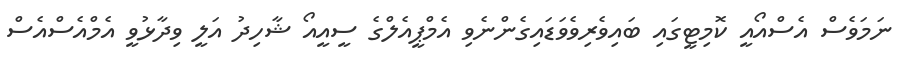
ނަމަވެސް އެސްއޯއީ ކޮމިޓީގައި ބައިވެރިވެވަޑައިގެންނެވި އެމްޕީއެލްގެ ސީއީއޯ ޝާހިދު އަލީ ވިދާޅުވީ އެމްއެސްއެސް